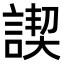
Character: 𧩶